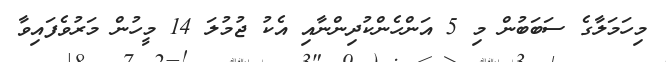
މިހަމަލާގެ ސަބަބުން މި 5 އަންހެންކުދިންނާއި އެކު ޖުމުލަ 14 މީހުން މަރުވެފައިވާ